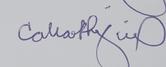
Signature authenticity: genuine